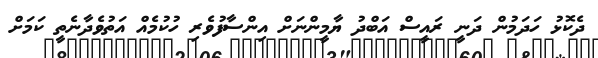
ދެކޮޅު ހަދަމުން ދަނީ ރައީސް އަބްދު ޔާމީންނަށް އިންސާފުވެރި ހުކުމެއް އަތުވެދާނެތީ ކަމަށް